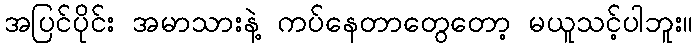
အပြင်ပိုင်း အမာသားနဲ့ ကပ်နေတာတွေတော့ မယူသင့်ပါဘူး။